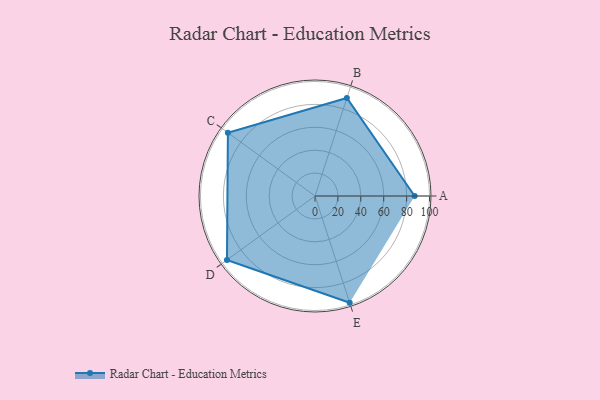
{"axis": {"x": "Skill", "y": "Score"}, "legend": ["Profile"], "data": [{"x": "A", "y": 87.0, "type": "Profile"}, {"x": "B", "y": 90.0, "type": "Profile"}, {"x": "C", "y": 94.0, "type": "Profile"}, {"x": "D", "y": 95.0, "type": "Profile"}, {"x": "E", "y": 98.0, "type": "Profile"}]}